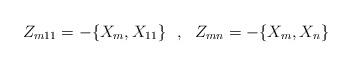
LaTeX: \begin{align*}Z_{m11}=-\{X_m,X_{11}\}~~,~~Z_{mn}=-\{X_m,X_n\}\end{align*}